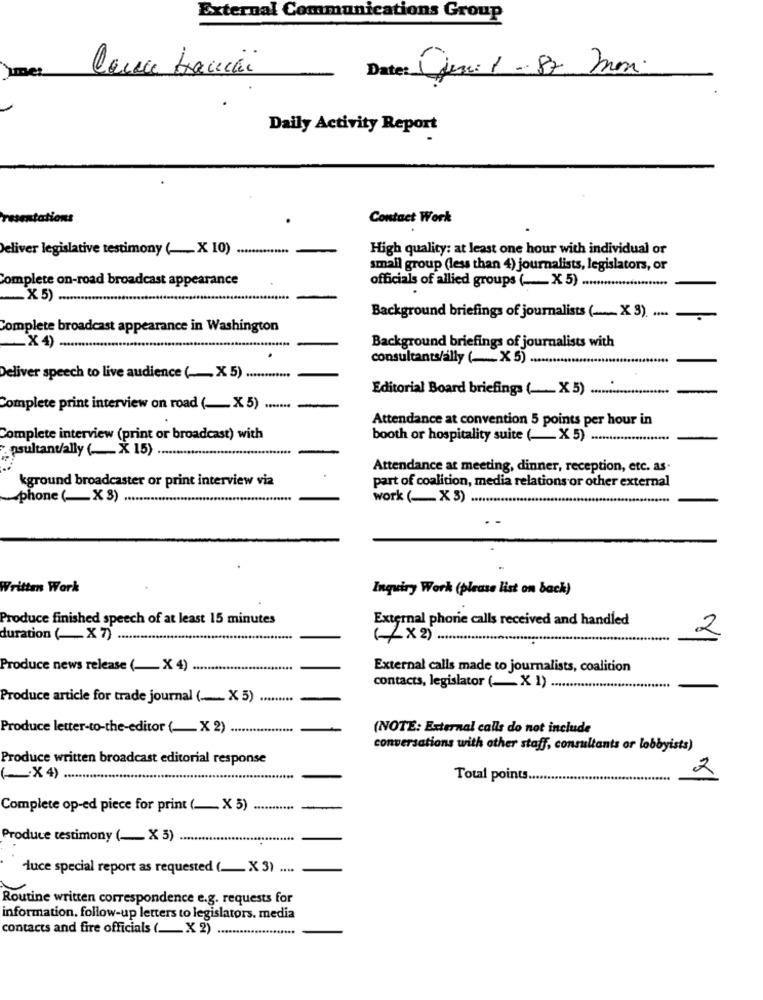
External Communications Group
lance banchi
Date: Ojune 1 -87 mini.
)mer
Daily Activity Report
ions
Contact Work
Deliver legislative testimony ( __ X 10)
High quality: at least one hour with individual or
small group (less than 4) journalists, legislators, or
Complete on-road broadcast appearance
officials of allied groups ( ___ X 5) ..........
......
_ X 5)
Background briefings of journalists ( ___ X 3).
Complete broadcast appearance in Washington
.X4)
Background briefings of journalists with
consultants/ally ( ___ X 5)
Deliver speech to live audience (_ X 5) ............
Editorial Board briefings ( ___ X5).
Complete print interview on road (- X 5) .......
Attendance at convention 5 points per hour in
Complete interview (print or broadcast) with
booth or hospitality suite ( __ X 5) .....
Apsultant/ally (_X 15)
Attendance at meeting, dinner, reception, etc. as.
kground broadcaster or print interview via
part of coalition, media relations or other external
phone (_X 3) ....
work (_ X 3)
Written Work
Inquiry Work (please list on back)
Produce finished speech of at least 15 minutes
External phone calls received and handled
2
duration ( __ X 7)
( x 2) ....
Produce news release ( __ X 4)
External calls made to journalists, coalition
contacts, legislator ( __ X 1)
Produce article for trade journal ( ___ X 5)
Produce letter-to-the-editor ( __ X 2)
(NOTE: External calls do not include
conversations with other staff, consultants or lobbyists)
Produce written broadcast editorial response
(X 4)
Total points.
2
Complete op-ed piece for print (_ X 5)
-
Produce testimony ( __ X 5)
duce special report as requested ( __ X 3) ....
Routine written correspondence e.g. requests for
information. follow-up letters to legislators. media
contacts and fire officials ( __ X 2)